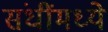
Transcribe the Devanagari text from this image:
संधींमध्ये